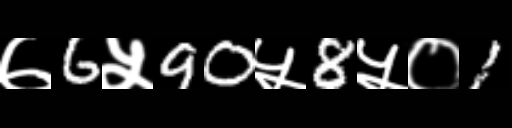
Text: ७6५90५8५०1